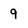
Character: 9